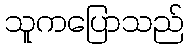
သူကပြောသည်